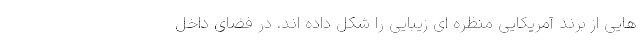
هایی از برند آمریکایی منظره ای زیبایی را شکل داده اند. در فضای داخل